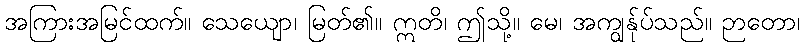
အကြားအမြင်ထက်။ သေယျော၊ မြတ်၏။ ဣတိ၊ ဤသို့။ မေ၊ အကျွန်ုပ်သည်။ ဉာတော၊